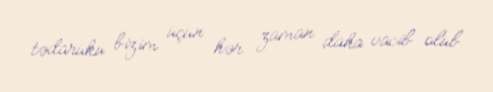
tədarükü bizim üçün hər zaman daha vacib olub.